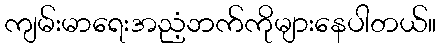
ကျမ်းမာရေးအညံ့ဘက်ကိုများနေပါတယ်။